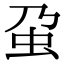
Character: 𧈦